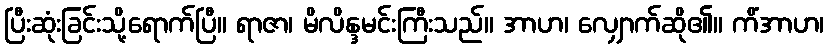
ပြီးဆုံးခြင်းသို့ရောက်ပြီ။ ရာဇာ၊ မိလိန္ဒမင်းကြီးသည်။ အာဟ၊ လျှောက်ဆို၏။ ကိံအာဟ၊